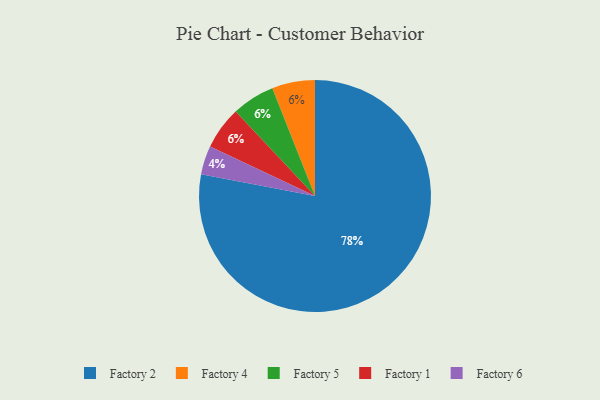
{"axis": {"x": "Category", "y": "Percentage"}, "legend": ["Factory 1", "Factory 2", "Factory 4", "Factory 5", "Factory 6"], "data": [{"x": "Factory 6", "y": 4, "type": "Factory 6"}, {"x": "Factory 4", "y": 6, "type": "Factory 4"}, {"x": "Factory 5", "y": 6, "type": "Factory 5"}, {"x": "Factory 1", "y": 6, "type": "Factory 1"}, {"x": "Factory 2", "y": 78, "type": "Factory 2"}]}